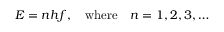
E = n h f , \quad { \mathrm { w h e r e } } \quad n = 1 , 2 , 3 , \ldots